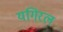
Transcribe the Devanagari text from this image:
यगिरल